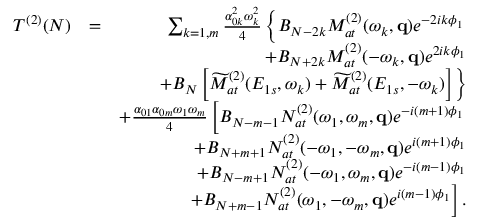
\begin{array} { r l r } { T ^ { ( 2 ) } ( N ) } & { = } & { \sum _ { k = 1 , m } \frac { \alpha _ { 0 k } ^ { 2 } \omega _ { k } ^ { 2 } } { 4 } \left\{ B _ { N - 2 k } { \cal M } _ { a t } ^ { ( 2 ) } ( \omega _ { k } , \mathbf { q } ) e ^ { - 2 i k \phi _ { 1 } } \right. } \\ & { } & { + B _ { N + 2 k } { \cal M } _ { a t } ^ { ( 2 ) } ( - \omega _ { k } , \mathbf { q } ) e ^ { 2 i k \phi _ { 1 } } } \\ & { } & { \left. + B _ { N } \left[ \widetilde { \cal M } _ { a t } ^ { ( 2 ) } ( { E } _ { 1 s } , \omega _ { k } ) + \widetilde { \cal M } _ { a t } ^ { ( 2 ) } ( { E } _ { 1 s } , - \omega _ { k } ) \right] \right\} } \\ & { } & { + \frac { \alpha _ { 0 1 } \alpha _ { 0 m } \omega _ { 1 } \omega _ { m } } { 4 } \left[ B _ { N - m - 1 } { \cal N } _ { a t } ^ { ( 2 ) } ( \omega _ { 1 } , \omega _ { m } , \mathbf { q } ) e ^ { - i ( m + 1 ) \phi _ { 1 } } \right. } \\ & { } & { + B _ { N + m + 1 } { \cal N } _ { a t } ^ { ( 2 ) } ( - \omega _ { 1 } , - \omega _ { m } , \mathbf { q } ) e ^ { i ( m + 1 ) \phi _ { 1 } } } \\ & { } & { + B _ { N - m + 1 } { \cal N } _ { a t } ^ { ( 2 ) } ( - \omega _ { 1 } , \omega _ { m } , \mathbf { q } ) e ^ { - i ( m - 1 ) \phi _ { 1 } } } \\ & { } & { \left. + B _ { N + m - 1 } { \cal N } _ { a t } ^ { ( 2 ) } ( \omega _ { 1 } , - \omega _ { m } , \mathbf { q } ) e ^ { i ( m - 1 ) \phi _ { 1 } } \right] . } \end{array}